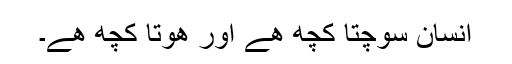
انسان سوچتا کچھ ھے اور ھوتا کچھ ھے۔